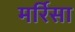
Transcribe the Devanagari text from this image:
मर्रिसा